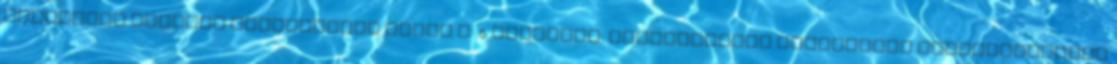
Marketing anyagok Tájékoztató füzet A 5 Tartalom: Bemutatkozás Tematizált termékbemutató